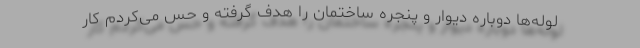
لوله‌ها دوباره دیوار و پنجره ساختمان را هدف گرفته و حس می‌کردم کار